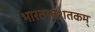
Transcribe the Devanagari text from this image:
भारतरत्नशतकम्